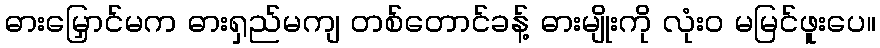
ဓားမြှောင်မက ဓားရှည်မကျ တစ်တောင်ခန့် ဓားမျိုးကို လုံးဝ မမြင်ဖူးပေ။